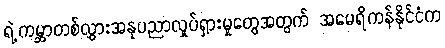
ရဲ့ကမ္ဘာတစ်လွှားအနုပညာလှုပ်ရှားမှုတွေအတွက် အမေရိကန်နိုင်ငံက